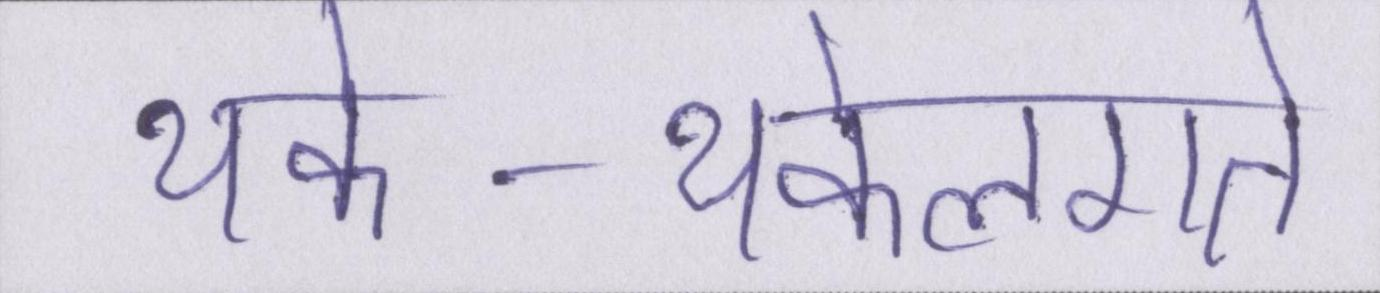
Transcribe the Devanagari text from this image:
थके-थकेलगते